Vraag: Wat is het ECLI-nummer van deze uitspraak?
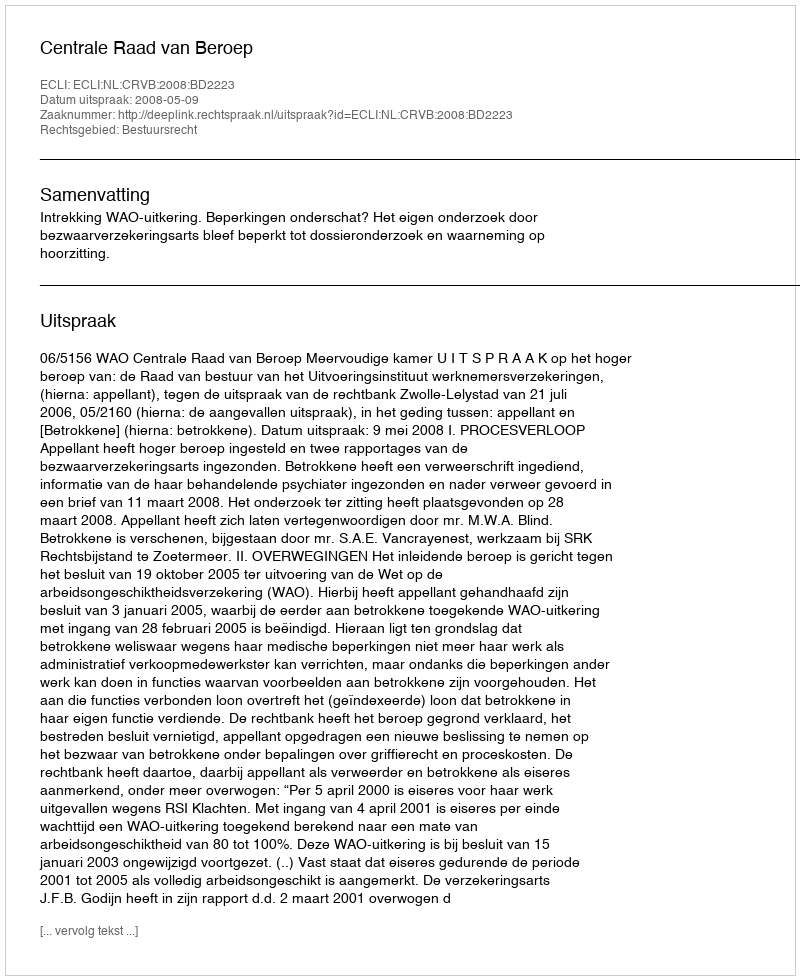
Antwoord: ECLI:NL:CRVB:2008:BD2223